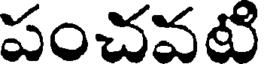
పంచవటి